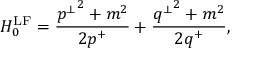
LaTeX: H _ { 0 } ^ { \mathrm { L F } } = \frac { { p ^ { \perp } } ^ { 2 } + m ^ { 2 } } { 2 p ^ { + } } + \frac { { q ^ { \perp } } ^ { 2 } + m ^ { 2 } } { 2 q ^ { + } } ,